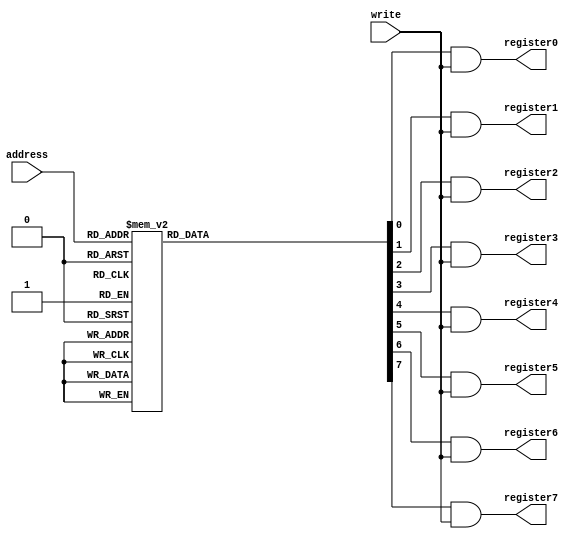
module write_register (
    input [2:0] address,
    input write,
    output register0, register1, register2, register3, register4, register5, register6, register7
);

    wire decout0, decout1, decout2, decout3, decout4, decout5, decout6, decout7;

    function [7:0] dec (
        input [2:0] decin
    );
        begin
            case (decin)
                3'd0: dec = 8'b0000_0001;
                3'd1: dec = 8'b0000_0010;
                3'd2: dec = 8'b0000_0100;
                3'd3: dec = 8'b0000_1000;
                3'd4: dec = 8'b0001_0000;
                3'd5: dec = 8'b0010_0000;
                3'd6: dec = 8'b0100_0000;
                3'd7: dec = 8'b1000_0000;
            endcase
        end
    endfunction

    assign {decout7, decout6, decout5, decout4, decout3, decout2, decout1, decout0} = dec(address);

    assign register0 = decout0 & write;
    assign register1 = decout1 & write;
    assign register2 = decout2 & write;
    assign register3 = decout3 & write;
    assign register4 = decout4 & write;
    assign register5 = decout5 & write;
    assign register6 = decout6 & write;
    assign register7 = decout7 & write;
    
endmodule